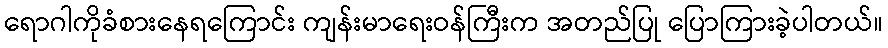
ရောဂါကိုခံစားနေရကြောင်း ကျန်းမာရေးဝန်ကြီးက အတည်ပြု ပြောကြားခဲ့ပါတယ်။